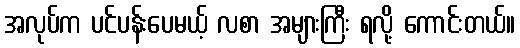
အလုပ်က ပင်ပန်းပေမယ့် လစာ အများကြီး ရလို့ ကောင်းတယ်။